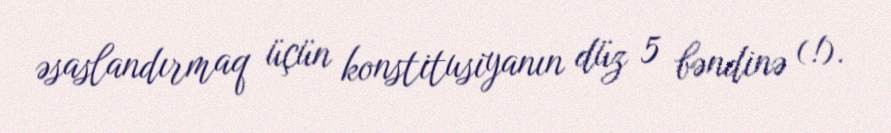
əsaslandırmaq üçün konstitusiyanın düz 5 bəndinə (!).